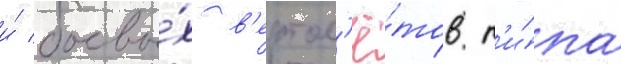
и́ боевы́х в'ертол'ё́тов т'и́па